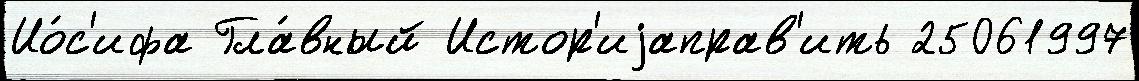
Ио́с'ифа Гла́вный Истор'иjаправ'ить 25061997